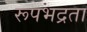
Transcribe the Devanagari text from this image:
रूपभद्रता